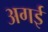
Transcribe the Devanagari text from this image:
अगई